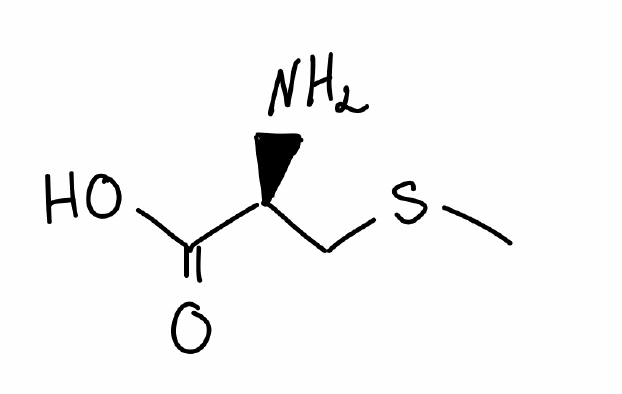
Simplified molecular-input line-entry system (SMILES) notation of the given molecule:
CSC[C@@H](C(=O)O)N